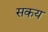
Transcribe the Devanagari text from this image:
सकय